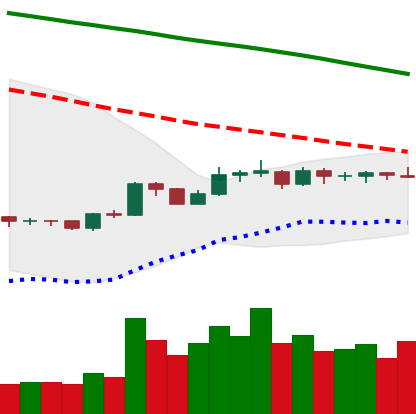
Ticker: BNB-USD
Chart end date: 2019-10-22
Forward return: 6.32%
Label: up_5_7